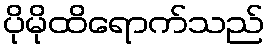
ပိုမိုထိရောက်သည်